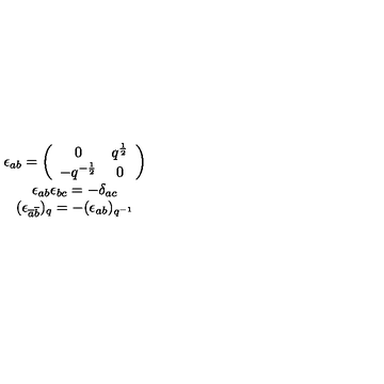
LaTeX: \begin{array} { c } { \epsilon _ { a b } = \left( \begin{array} { c c } { 0 } & { q ^ { \frac { 1 } { 2 } } } \\ { - q ^ { - \frac { 1 } { 2 } } } & { 0 } \\ \end{array} \right) } \\ { \epsilon _ { a b } \epsilon _ { b c } = - \delta _ { a c } } \\ { ( \epsilon _ { \overline { { a } } \overline { { b } } } ) _ { q } = - ( \epsilon _ { a b } ) _ { q ^ { - 1 } } } \\ \end{array}